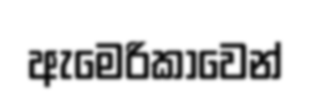
ඇමෙරිකාවෙන්